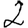
Digit: 2